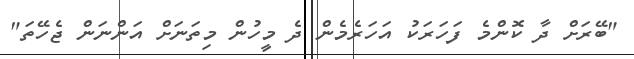
"ބޭރަށް ދާ ކޮންމެ ފަހަރަކު އަހަރެމެން ދެ މީހުން މިތަނަށް އަންނަން ޖެހޭތަ"